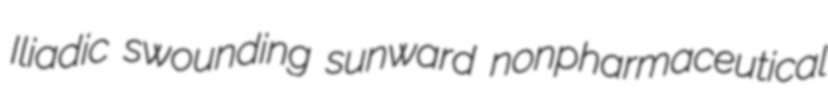
Iliadic swounding sunward nonpharmaceutical